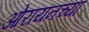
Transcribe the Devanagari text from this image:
ओरायनच्या